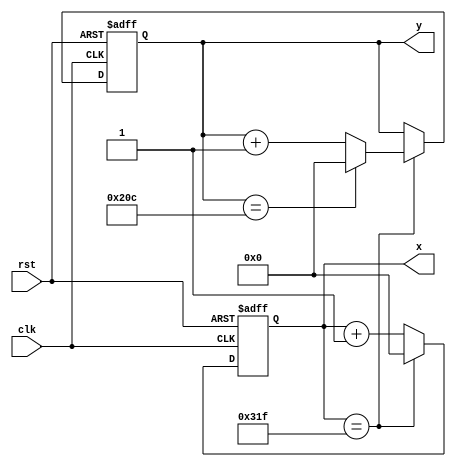
module double_counter_800x525(clk, rst, x, y);

	input clk;
	input rst;
	output reg [9:0]x;
	output reg [9:0]y;
	
	always @(posedge clk or negedge rst) begin
	
		if (rst == 1'b0) begin
			// reset x and y
			x <= 0;
			y <= 0;
		end else begin
			
			if (x == 10'd799) begin
				// reset x if 799
				x <= 0;
				
				if (y == 10'd524) begin
					// reset y if 524
					y <= 0;
					
				end else begin
					// inc y if < 524
					y <= y + 10'd1;
					
				end
				
			end else begin
				// inc x if < 799
				x <= x + 10'd1;
				
			end
			
		end
	
	end

endmodule